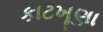
કાટખૂણા